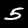
Digit: 5